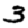
Digit: 3